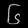
Digit: ၆